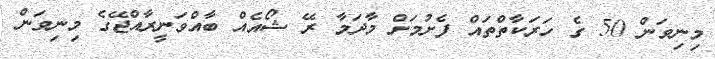
މިނިވަން 50 ގެ ހަރަކާތްތައް ފެށުމަށް މާދަމާ ރޭ ޝޯއެއް ބާއްވަނީރާއްޖޭގެ މިނިވަން